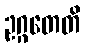
ဥဂ္ဂတေတိ